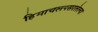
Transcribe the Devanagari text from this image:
हिमाचलपसरलेल्या